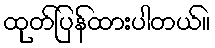
ထုတ်ပြန်ထားပါတယ်။